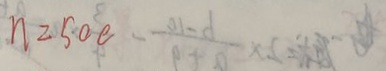
n = 5 0 e